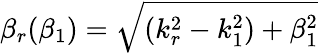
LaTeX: \beta_{r}(\beta_{1})=\sqrt{(k_{r}^{2}-k_{1}^{2})+\beta_{1}^{2}}